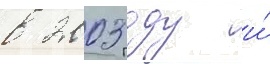
в 2003 году и́